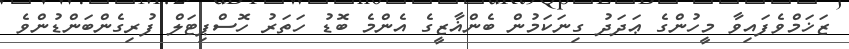
ޒަޚަމްވެފައިވާ މީހުންގެ ޢަދަދު ގިނަކަމުން ބެންޣާޒީގެ އެންމެ ބޮޑު ހަތަރު ހޮސްޕިޓަލް ފުރިގެންބަންޑުންވެ